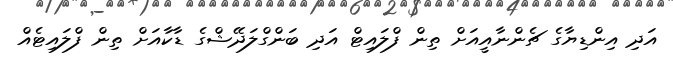
އަދި އިންޑިޔާގެ ޗެންނާއީއަށް ތިން ފްލައިޓް އަދި ބަންގްލަދޭޝްގެ ޑާކާއަށް ތިން ފްލައިޓެއް